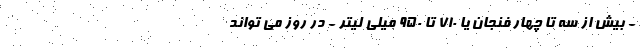
- بیش از سه تا چهار فنجان یا 710 تا 950 میلی لیتر - در روز می تواند